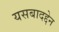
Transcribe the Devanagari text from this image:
यसबादद्देन